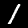
Label: 1